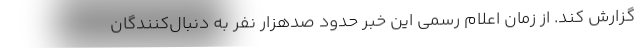
گزارش کند. از زمان اعلام رسمی این خبر حدود صدهزار نفر به دنبال‌کنندگان